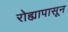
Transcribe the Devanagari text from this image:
रोह्यापासून